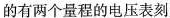
的有两个量程的电压表刻